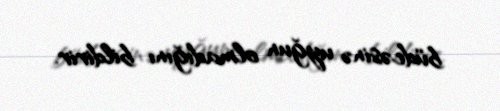
büdcəsinə uyğun olmadığını bildirir.